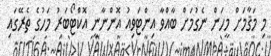
މި މަޤާމަަށް މީހަން ނެގުމަށް ބާއްވާ އިންޓަވިއު އޮންނާނީ އޮކްޓޯބަރު މަހުގެ ތެރޭގައި